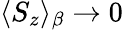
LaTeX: \langle S_{z}\rangle_{\beta}\to 0